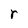
Character: r